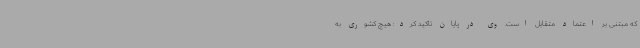
که مبتنی بر اعتماد متقابل است. وی در پایان تاکید کرد: هیچ کشوری به